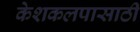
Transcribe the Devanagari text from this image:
केशकलपासाठी